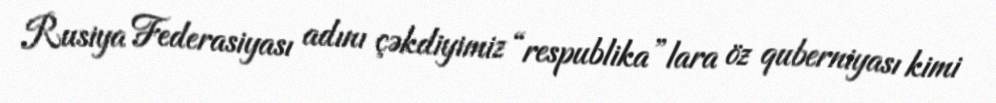
Rusiya Federasiyası adını çəkdiyimiz “respublika”lara öz quberniyası kimi